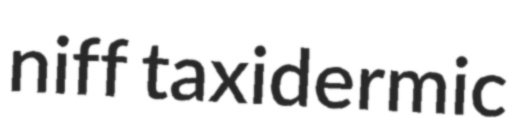
niff taxidermic